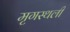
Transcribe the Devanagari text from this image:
मृगस्थली